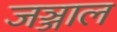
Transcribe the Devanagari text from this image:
जञ्जाल